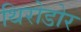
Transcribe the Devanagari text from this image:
थिरोडोर